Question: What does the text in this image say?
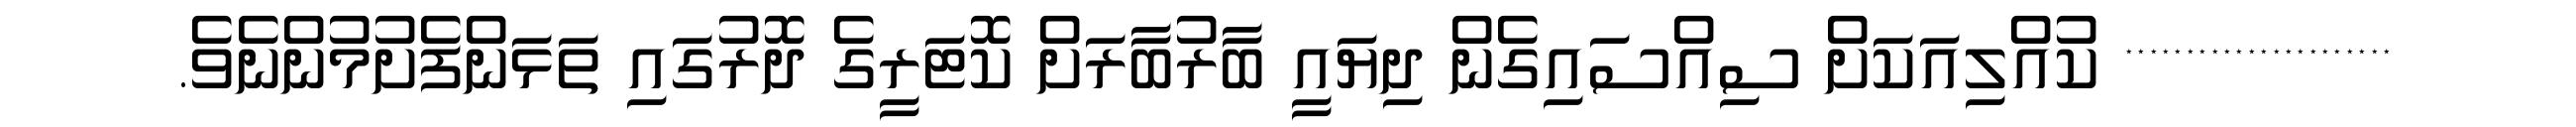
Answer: ********************** ކުއްލިއަކަށް ސިއްސައިގެން ދިޔައީ ބާރުބާރަށް ކޮޓަރީގެ ދޮރުގައި ތަޅަންފެށުމުންނެވެ.